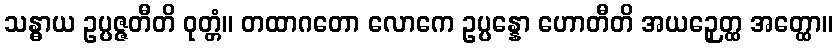
သန္ဓာယ ဥပ္ပဇ္ဇတီတိ ဝုတ္တံ။ တထာဂတော လောကေ ဥပ္ပန္နော ဟောတီတိ အယဉှေတ္ထ အတ္ထော။